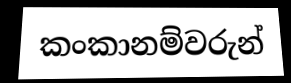
කංකානම්වරුන්